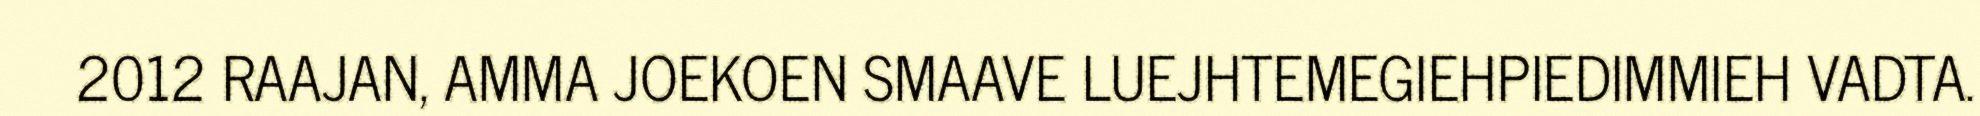
2012 RAAJAN, AMMA JOEKOEN SMAAVE LUEJHTEMEGIEHPIEDIMMIEH VADTA.